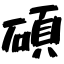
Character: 碩